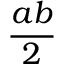
\frac { a b } { 2 }